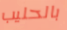
بالحليب